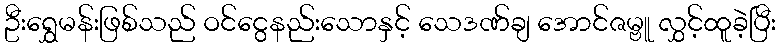
ဦးရွှေမန်းဖြစ်သည် ဝင်ငွေနည်းသောနှင့် သေဒဏ်ချ အောင်ဇမ္ဗူ လွှင့်ထူခဲ့ပြီး